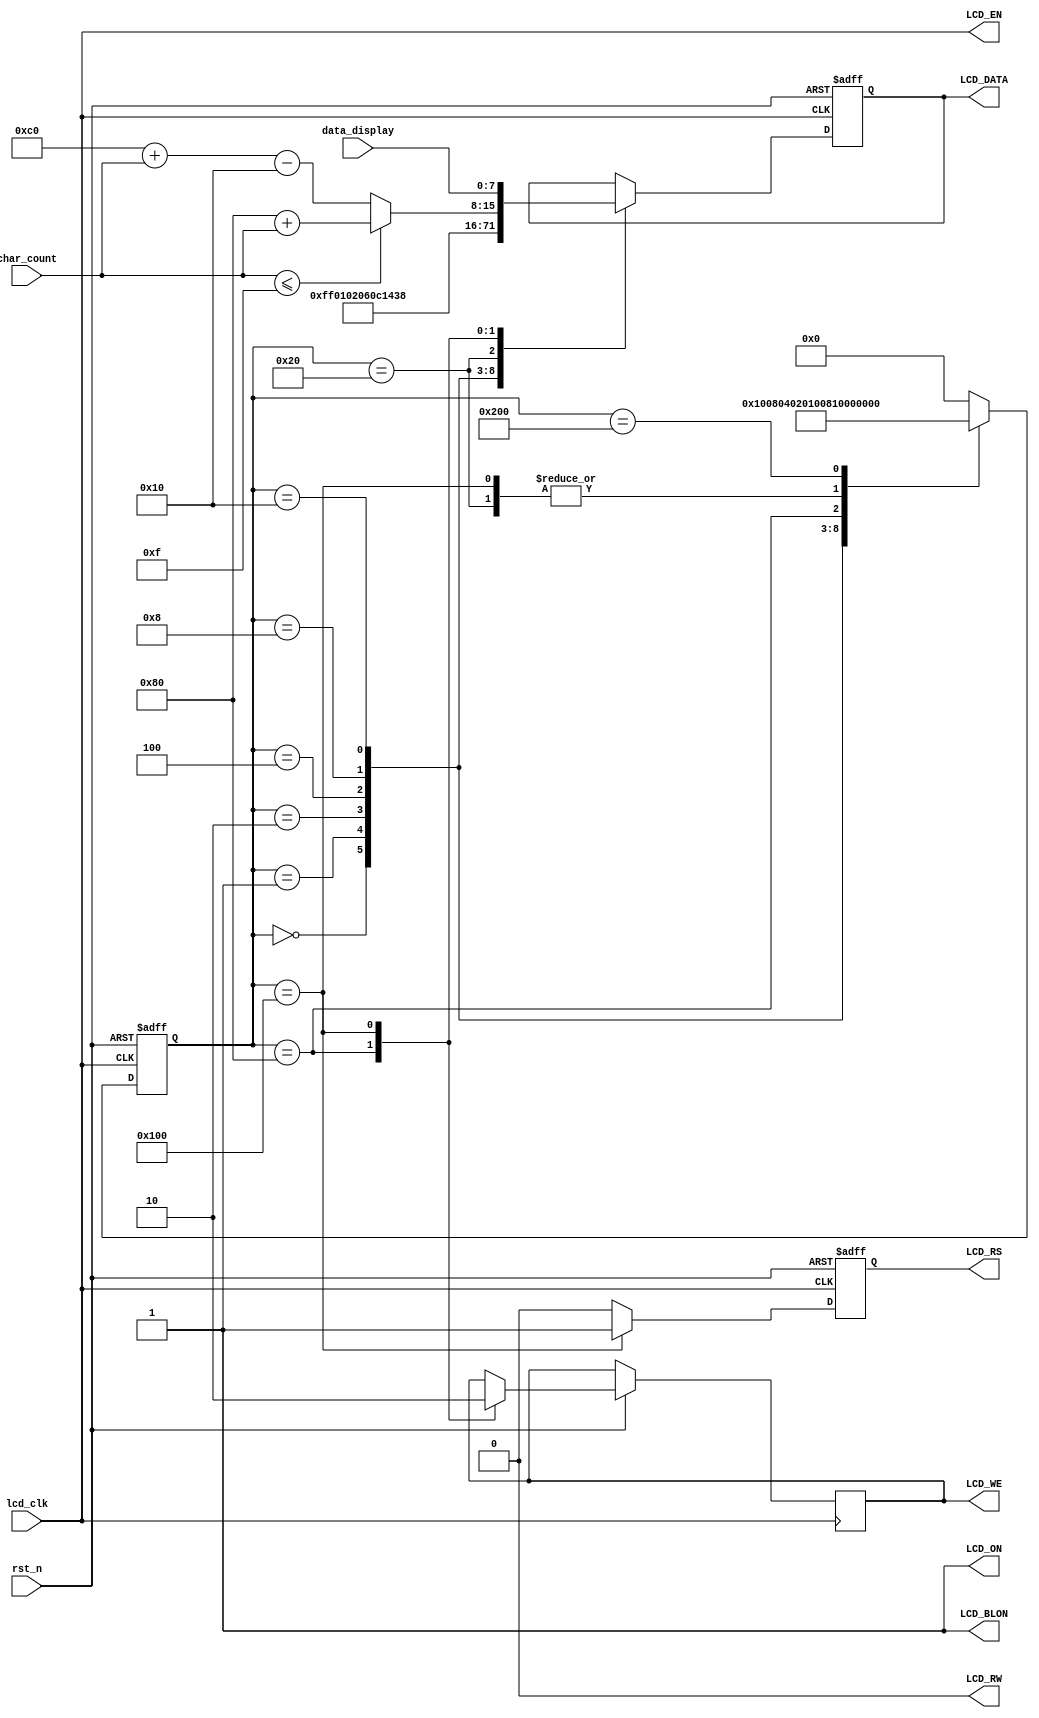
`define LINE_1 15   //the number of line 1
`define LINE_2 31   //the number of line 1 and line 2
//=========================================================
// Company:  Jackin
//
// Design Name:   LCD_1602   
// Module Name:   LCD_1602   
// Project Name:  LCD_1602   
// Target Device: EP2C35F672
// Tool versions: Modelsim SE PLUS 6.2b  &  Quartus II 9.0 
// Description:   CFAH1602B-TMC-JP port
//              
// Dependencies:
// 
// Revision:
// Additional Comments:
//=========================================================
module LCD1602_Master
(
	//input            sys_clk,
	input            rst_n,
	input[5:0]       char_count,
	input[7:0]       data_display,
	input            lcd_clk,
	output reg[7:0]  LCD_DATA,//8-bit LCD DATA
	output           LCD_RW,//LCD Read/Write Select,0=Write,1=Read
	output           LCD_EN,//LCD Enable
	output reg       LCD_RS,//LCD Command/Data select,0=Command,1=Data
	output           LCD_ON,//LCD Power ON/OFF,0=OFF,1=ON
	output           LCD_BLON,//LCD Back Light ON/OFF,0=OFF,1=ON
	output reg       LCD_WE
);
 
//Fixed signal
assign LCD_ON = 1'b1;  //Power On
assign LCD_BLON = 1'b1;//Back Light On
assign LCD_RW = 1'b0;  //Because of no write, LCD_RW signal
                       //is always low level
//enable negative edge
assign LCD_EN = lcd_clk;

//---------------------------------------------------------
//LCD internal parameter Settings
//---------------------------------------------------------

//Set parameters 
parameter     IDLE = 10'b00_0000_0000; //initial state
parameter    CLEAR = 10'b00_0000_0001; //clear
parameter   RETURN = 10'b00_0000_0010; //return home
parameter     MODE = 10'b00_0000_0100; //entry mode set
parameter  DISPLAY = 10'b00_0000_1000; //display ON/OFF control
parameter   SHIFT  = 10'b00_0001_0000; //cursor or display shift
parameter FUNCTION = 10'b00_0010_0000; //function set
parameter    CGRAM = 10'b00_0100_0000; //set CGRAM address
parameter    DDRAM = 10'b00_1000_0000; //set DDRAM address
parameter    WRITE = 10'b01_0000_0000; //write data to RAM
parameter     STOP = 10'b10_0000_0000; //release control

reg [9:0] state;//state machine code
//reg [5:0] char_count;//char counter
//reg [7:0] data_display;//display data

//If read,LCD_RS is high level,else is low level
always@(posedge lcd_clk or negedge rst_n)
begin
    if(!rst_n)
       LCD_RS <= 1'b0;
    else if(state == WRITE)
       LCD_RS <= 1'b1;
    else
       LCD_RS <= 1'b0;
end

//State machine
always@(posedge lcd_clk or negedge rst_n)
begin
   if(!rst_n)
   begin
       state <= IDLE;
       LCD_DATA <= 8'b1111_1111;
   end
   else
   begin
      case(state)
      //start
      IDLE:begin  
            state <= CLEAR;
            LCD_DATA <= 8'b1111_1111;
           end
      //clear
      CLEAR:begin  
             state <= RETURN;
             LCD_DATA <= 8'b0000_0001;
            end 
      //home
      RETURN:begin  
             state <= MODE;
             LCD_DATA <= 8'b0000_0010;
             end
      //cursor move to the right
      //display don't move
      MODE:begin  
             state <= DISPLAY;
             LCD_DATA <= 8'b0000_0110;
           end
      //display on
      //cursor and blinking of cursor off
      DISPLAY:begin  
             state <= SHIFT;
             LCD_DATA <= 8'b0000_1100;
              end
      //cursor moving
      //move to the right
      SHIFT:begin  
             state <= FUNCTION;
             LCD_DATA <= 8'b0001_0100;
            end
      //Set interface data length(8-bit)
      //numbers of display line(2-line)
      //display font type(5*8 dots)
      FUNCTION:begin
             state <= DDRAM;
             LCD_DATA <= 8'b0011_1000;
               end
      //Set DDRAM address in address counter
      DDRAM:begin
             state <= WRITE;
			 LCD_WE <= 1'b1;
             if(char_count <= `LINE_1)
                LCD_DATA <= 8'b1000_0000 + char_count;//line 1
             else
                LCD_DATA <= 8'b1100_0000 + char_count - 5'd16;//line 2
            end
      //Write data into internal RAM
      WRITE:begin
             state <= DDRAM;
			 LCD_WE <= 1'b0;
             //char_count <= char_count + 1'b1;
             LCD_DATA <= data_display;
            end
      //Finish
      STOP:state <= STOP;
      //Other state
      default:state <= IDLE;
      endcase   
   end
end
//---------------------------------------------------------
//the data of display
//---------------------------------------------------------
/*
always@(char_count)
begin
   case(char_count)
       6'd0: data_display = ;
       6'd1: data_display = "i";
       6'd2: data_display = "a";
       6'd3: data_display = "n";
       6'd4: data_display = "g";
       6'd5: data_display = "C";
       6'd6: data_display = "h";
       6'd7: data_display = "i";
       6'd8: data_display = "";
       6'd9: data_display = "k";
       6'd10: data_display = "i";
       6'd11: data_display = "n";
       6'd12: data_display = "!";
       6'd13: data_display = "W";
       6'd14: data_display = "e";
       6'd15: data_display = "l";
       6'd16: data_display = "c";
       6'd17: data_display = "o";
       6'd18: data_display = "m";
       6'd19: data_display = "e";
       default:data_display = 8'd32;
   endcase
end
*/
endmodule